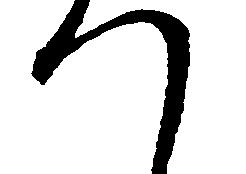
つ